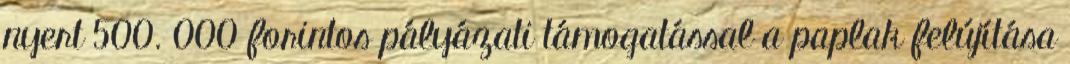
nyert 500. 000 forintos pályázati támogatással a paplak felújítása